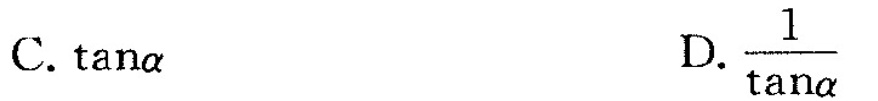
C. tana D.\frac{tana}{1}